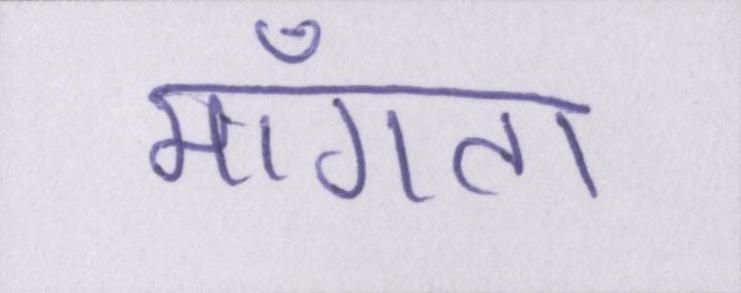
माँगता